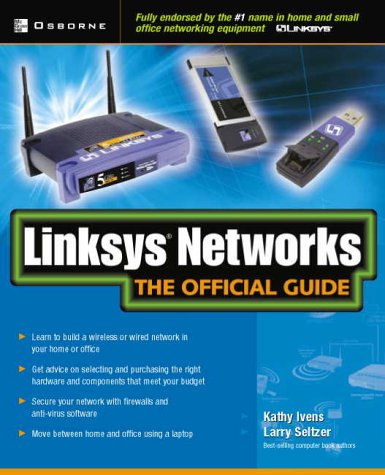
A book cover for Linksys Networks: The Official Guide; Kathy Ivens; Computers & Technology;